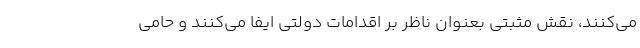
می‌کنند، نقش مثبتی بعنوان ناظر بر اقدامات دولتی ایفا می‌کنند و حامی